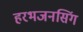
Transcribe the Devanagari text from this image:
हरभजनसिंग